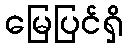
မြေပြင်ရှိ